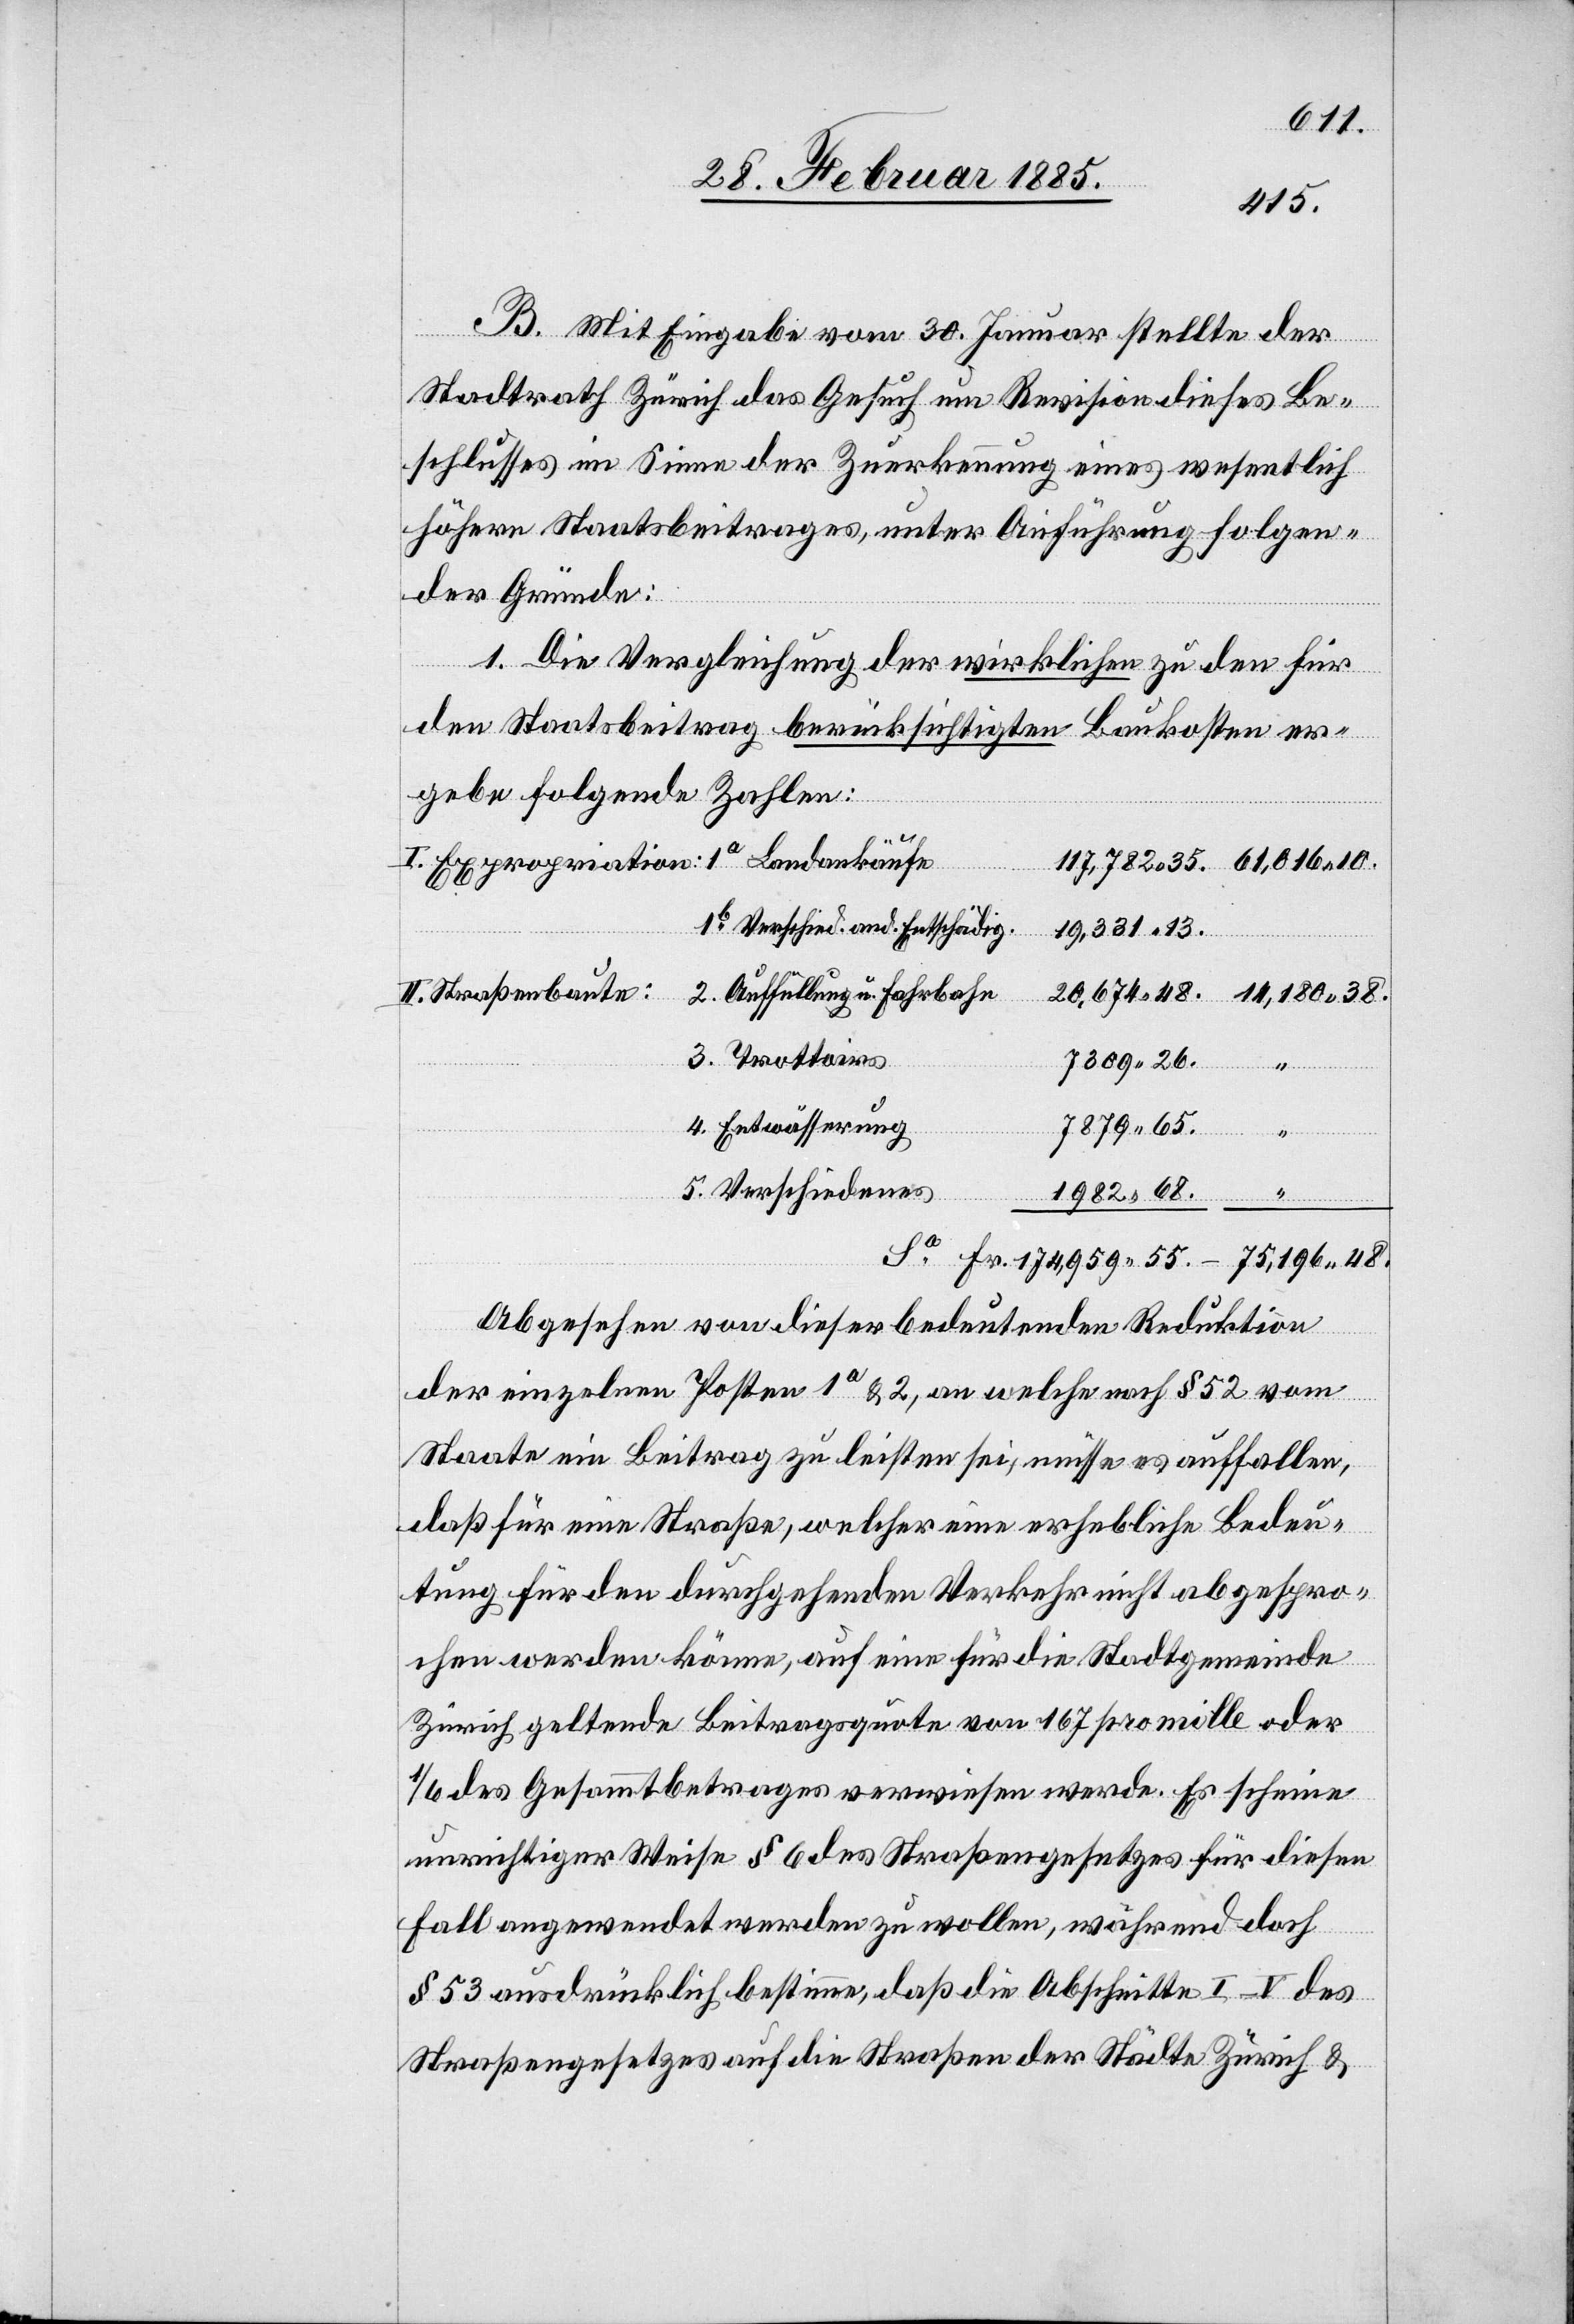
10.
48.
B. Mit Eingabe vom 30. Januar stellte der
Stadtrath Zürich das Gesuch um Revision dieses Be¬
schlusses im Sinne der Zuerkennung eines wesentlich
höhern Staatsbeitrages, unter Anführung folgen¬
der Gründe:
1. Die Vergleichung der wirklichen zu den für
den Staatsbeitrag berücksichtigten Baukosten er¬
geben folgende Zahlen:
“
1b Verschied. and. Entschädig.
29,331 13.
II. Straßenbaute:
2. Auffüllung u. Fahrbahn
3. Trottoirs
Landankäufe
4. Entwässerung
7879 65.
5. Verschiedenes
1982 68.
38.
Abgesehen von dieser bedeutenden Reduktion
der einzelnen Posten 1a & 2, an welche nach § 52 vom
Staate ein Beitrag zu leisten sei, müsse es auffallen,
das für eine Straße, welcher eine erhebliche Bedeu¬
tung für den durchgehenden Verkehr nicht abgespro¬
chen werden könne, auf eine für die Stadtgemeinde
Zürich geltende Beitragsquote von 167 pro mille oder
1/6 des Gesammtbetrages verwiesen werde. Es scheine
unrichtiger Weise § 6 des Straßengesetzes für diesen
Fall angewendet werden zu wollen, während doch
§ 53 ausdrücklich bestimme, daß die Abschnitte I–V des
Straßengesetzes auf die Straßen der Städte Zürich &